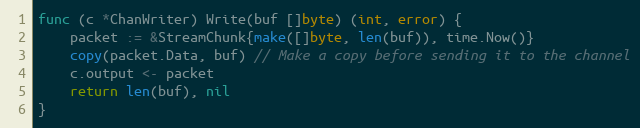
Language: Go
func (c *ChanWriter) Write(buf []byte) (int, error) {
	packet := &StreamChunk{make([]byte, len(buf)), time.Now()}
	copy(packet.Data, buf) // Make a copy before sending it to the channel
	c.output <- packet
	return len(buf), nil
}